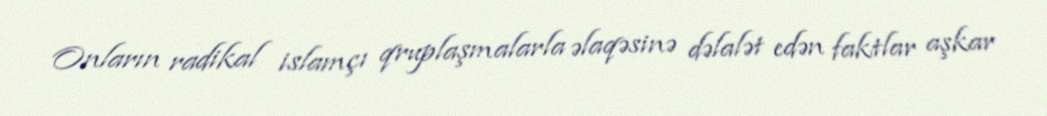
Onların radikal islamçı qruplaşmalarla əlaqəsinə dəlalət edən faktlar aşkar